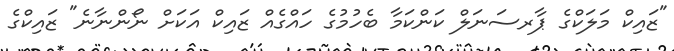
"ޒައިކް މަލަކްގެ ޕާރސަނަލް ކަންކަމާ ބެހުމުގެ ހައްގެއް ޒައިކް އަކަށް ނޯންނާނެ" ޒައިކްގެ